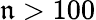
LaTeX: \mathfrak{n}>100